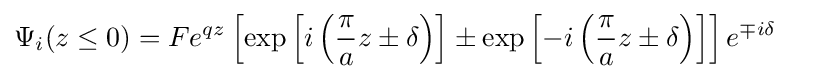
{\begin{aligned}\Psi _{i}(z\leq 0)&=Fe^{qz}\left[\exp \left[i\left({\frac {\pi }{a}}z\pm \delta \right)\right]\pm \exp \left[-i\left({\frac {\pi }{a}}z\pm \delta \right)\right]\right]e^{\mp i\delta }\end{aligned}}